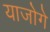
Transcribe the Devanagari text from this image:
याजोगे